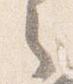
之